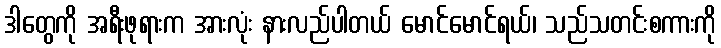
ဒါတွေကို အရီးဖုရားက အားလုံး နားလည်ပါတယ် မောင်မောင်ရယ်၊ သည်သတင်းစကားကို